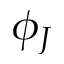
\phi _ { J }